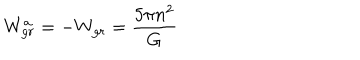
W _ { g r } ^ { a } = - W _ { g r } = { \frac { 5 \pi n ^ { 2 } } { G } }